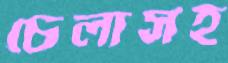
চেলাসহ